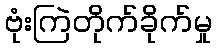
ဗုံးကြဲတိုက်ခိုက်မှု